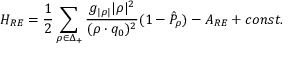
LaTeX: { \cal H } _ { R E } = { \frac { 1 } { 2 } } \sum _ { \rho \in \Delta _ { + } } { \frac { g _ { | \rho | } | \rho | ^ { 2 } } { ( \rho \cdot q _ { 0 } ) ^ { 2 } } } ( 1 - \hat { \cal P } _ { \rho } ) - { \cal A } _ { R E } + c o n s t .